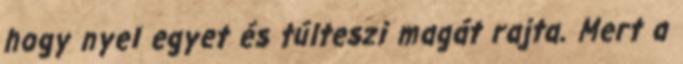
hogy nyel egyet és túlteszi magát rajta. Mert a